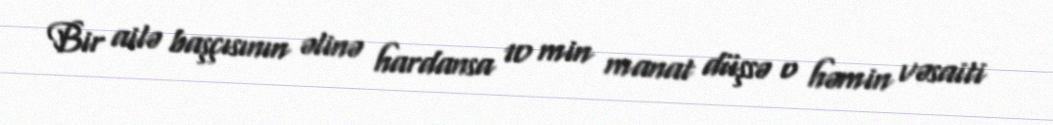
Bir ailə başçısının əlinə hardansa 10 min manat düşsə o həmin vəsaiti